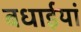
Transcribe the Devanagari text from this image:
बधाईयां